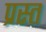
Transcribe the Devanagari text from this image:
प्रस्त